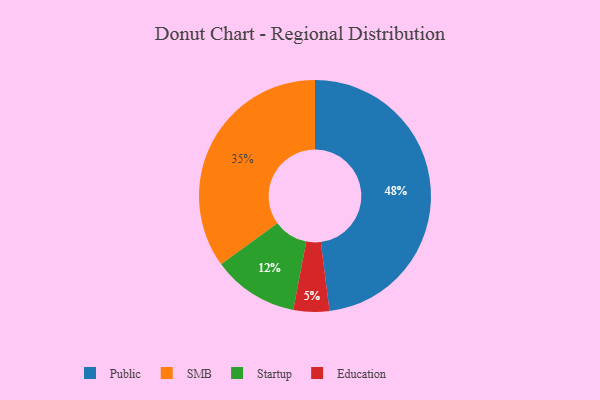
{"axis": {"x": "Category", "y": "Percentage"}, "legend": ["Education", "Public", "SMB", "Startup"], "data": [{"x": "Public", "y": 48, "type": "Public"}, {"x": "SMB", "y": 35, "type": "SMB"}, {"x": "Education", "y": 5, "type": "Education"}, {"x": "Startup", "y": 12, "type": "Startup"}]}